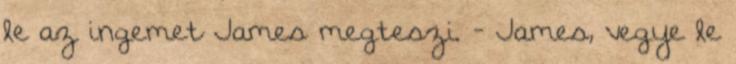
le az ingemet James megteszi. - James, vegye le